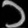
Digit: ၁